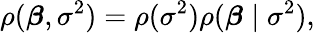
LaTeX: \rho({\boldsymbol{\beta}},\sigma^{2})=\rho(\sigma^{2})\rho({\boldsymbol{\beta}}\mid\sigma^{2}),